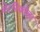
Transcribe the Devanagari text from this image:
चेरनिकोव्हा